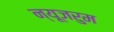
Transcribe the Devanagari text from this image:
न्यूजरुम